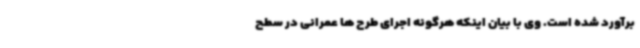
برآورد شده است. وی با بیان اینکه هرگونه اجرای طرح ها عمرانی در سطح